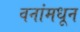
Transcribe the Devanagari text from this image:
वनांमधून